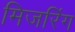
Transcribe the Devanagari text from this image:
मिजरिंग